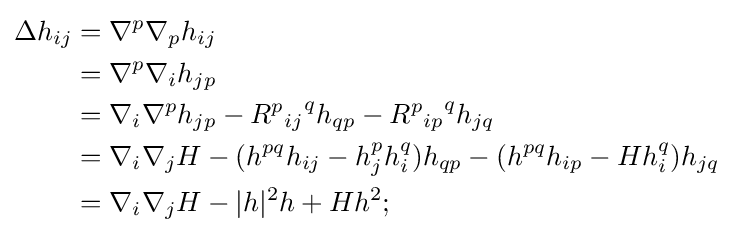
{\begin{aligned}\Delta h_{ij}&=\nabla ^{p}\nabla _{p}h_{ij}\\&=\nabla ^{p}\nabla _{i}h_{jp}\\&=\nabla _{i}\nabla ^{p}h_{jp}-{{R^{p}}_{ij}}^{q}h_{qp}-{{R^{p}}_{ip}}^{q}h_{jq}\\&=\nabla _{i}\nabla _{j}H-(h^{pq}h_{ij}-h_{j}^{p}h_{i}^{q})h_{qp}-(h^{pq}h_{ip}-Hh_{i}^{q})h_{jq}\\&=\nabla _{i}\nabla _{j}H-|h|^{2}h+Hh^{2};\end{aligned}}